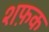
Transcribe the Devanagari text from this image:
शफ़क